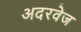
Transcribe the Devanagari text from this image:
अदरवेज